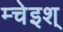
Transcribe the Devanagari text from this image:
म्चेइश्